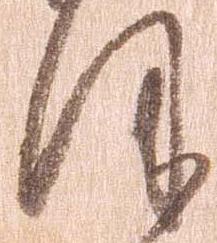
ほ